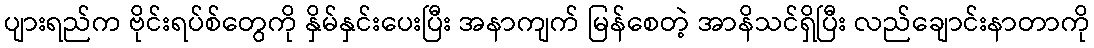
ပျားရည်က ဗိုင်းရပ်စ်တွေကို နှိမ်နှင်းပေးပြီး အနာကျက် မြန်စေတဲ့ အာနိသင်ရှိပြီး လည်ချောင်းနာတာကို